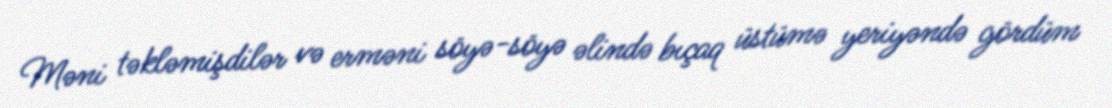
Məni təkləmişdilər və erməni söyə-söyə əlində bıçaq üstümə yeriyəndə gördüm